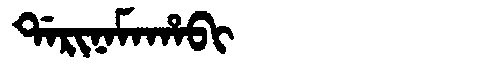
Manchu: ᡩᠠᡵᡳᠨᠠᠮᠠᡥᠠᠪᡳ
Romanization: DARINAMAHABI